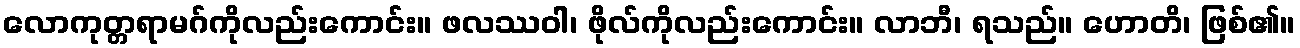
လောကုတ္တရာမဂ်ကိုလည်းကောင်း။ ဖလဿဝါ၊ ဖိုလ်ကိုလည်းကောင်း။ လာဘီ၊ ရသည်။ ဟောတိ၊ ဖြစ်၏။